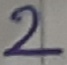
Text: 2